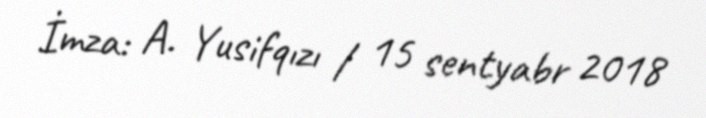
İmza: A. Yusifqızı / 15 sentyabr 2018